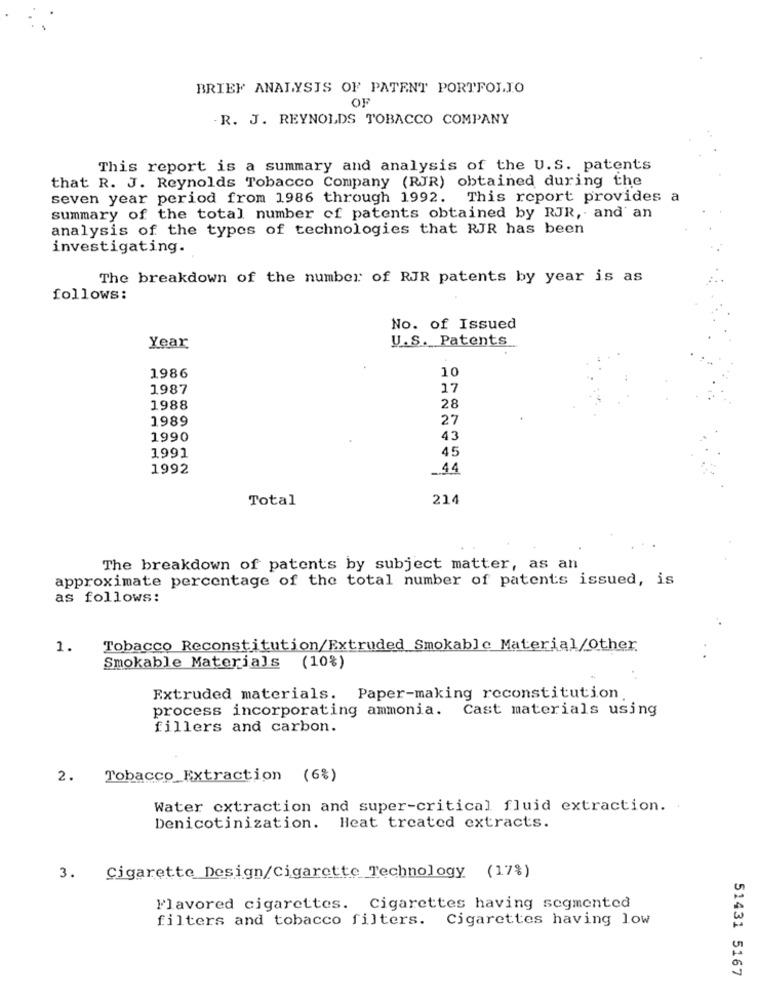
BRIEF ANALYSIS OF PATENT PORTFOLIO
OF
-R. J. REYNOLDS TOBACCO COMPANY
This report is a summary and analysis of the U.S. patents
that R. J. Reynolds Tobacco Company (RJR) obtained during the
seven year period from 1986 through 1992. This report provides a
summary of the total number of patents obtained by RJR, and an
analysis of the types of technologies that RJR has been
investigating.
The breakdown of the number of RJR patents by year is as
follows:
No. of Issued
U.S. Patents
Year
10
1986
1987
17
1988
28
1989
27
1990
43
45
1991
1992
.44
Total
214
The breakdown of patents by subject matter, as an
approximate percentage of the total number of patents issued, is
as follows:
1.
Tobacco Reconstitution/Extruded Smokable Material/Other
Smokable Materials (10%)
Extruded materials. Paper-making reconstitution.
process incorporating ammonia. Cast materials using
fillers and carbon.
2.
Tobacco Extraction (6%)
Water extraction and super-critical fluid extraction ..
Denicotinization. Heat treated extracts.
3. Cigarette Design/Cigarette Technology (17%)
Flavored cigarettes. Cigarettes having segmented
filters and tobacco filters. Cigarettes having low
51431 5167